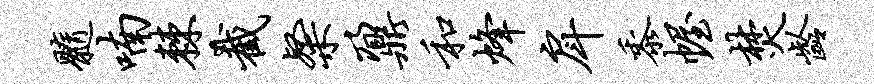
髓喃棘截粲鼐和烽戽黍幄焚龄